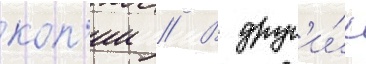
коп'ии // В друг'и́х